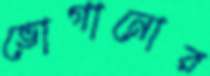
ভোগানোর